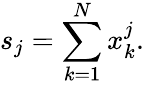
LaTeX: s_{j}=\sum_{k=1}^{N}{x_{k}^{j}}.